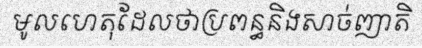
មូលហេតុដែលថាប្រពន្ធនិងសាច់ញាតិ